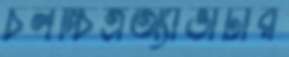
চলচ্চিত্রঅ্যাভাটার